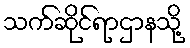
သက်ဆိုင်ရာဌာနသို့